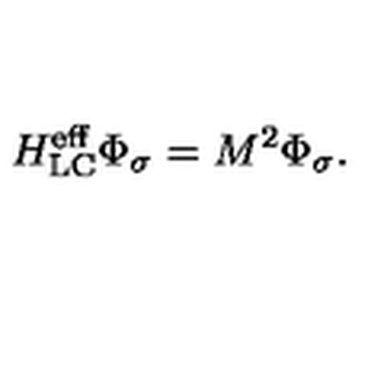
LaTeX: H _ { \mathrm { L C } } ^ { \mathrm { e f f } } \Phi _ { \sigma } = M ^ { 2 } \Phi _ { \sigma } .